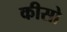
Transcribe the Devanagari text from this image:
कीसो